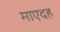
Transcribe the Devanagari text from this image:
माएदह